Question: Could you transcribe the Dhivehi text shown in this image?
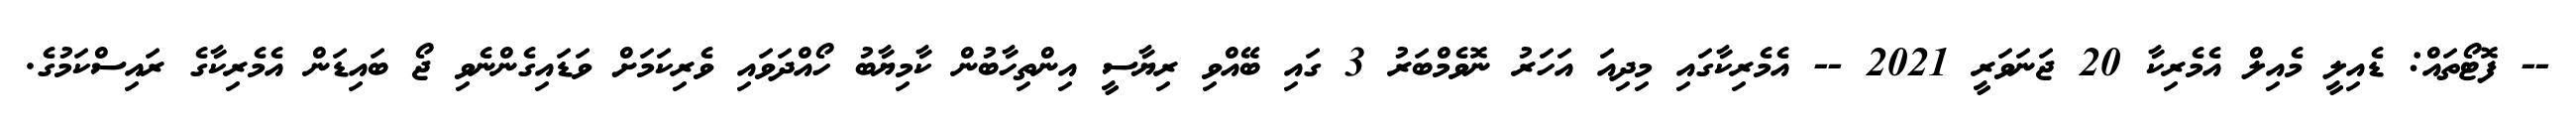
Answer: -- ފޮޓޯތައް: ޑެއިލީ މެއިލް އެމެރިކާ 20 ޖަނަވަރީ 2021 -- އެމެރިކާގައި މިދިއަ އަހަރު ނޮވެމްބަރު 3 ގައި ބޭއްވި ރިޔާސީ އިންތިހާބުން ކާމިޔާބު ހޯއްދަވައި ވެރިކަމަށް ވަޑައިގެންނެވި ޖޯ ބައިޑަން އެމެރިކާގެ ރައިސްކަމުގެ.